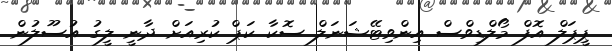
ޕީޕަލް އޮފް މޯލްޑިވްސް އިންވިޓޭޝަނަލް ސޮކާ ކަޕް ކުރިއަށް ދާނީ ލީގު އުސޫލުން